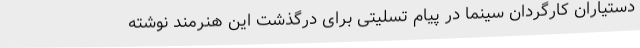
دستیاران کارگردان سینما در پیام تسلیتی برای درگذشت این هنرمند نوشته